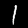
Label: 1